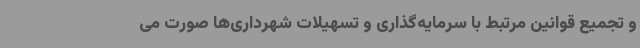
و تجمیع قوانین مرتبط با سرمایه‌گذاری و تسهیلات شهرداری‌ها صورت می